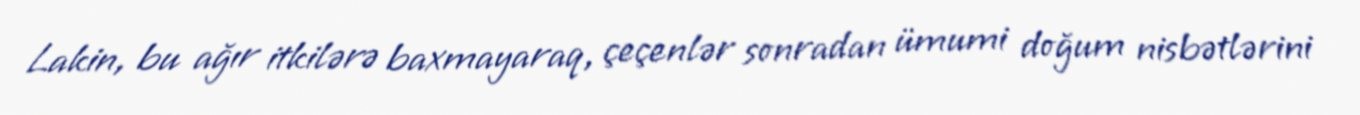
Lakin, bu ağır itkilərə baxmayaraq, çeçenlər sonradan ümumi doğum nisbətlərini